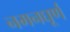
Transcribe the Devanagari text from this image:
नमनघूर्ण